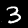
Label: 3